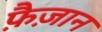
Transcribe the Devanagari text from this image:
फ़ैज़ान